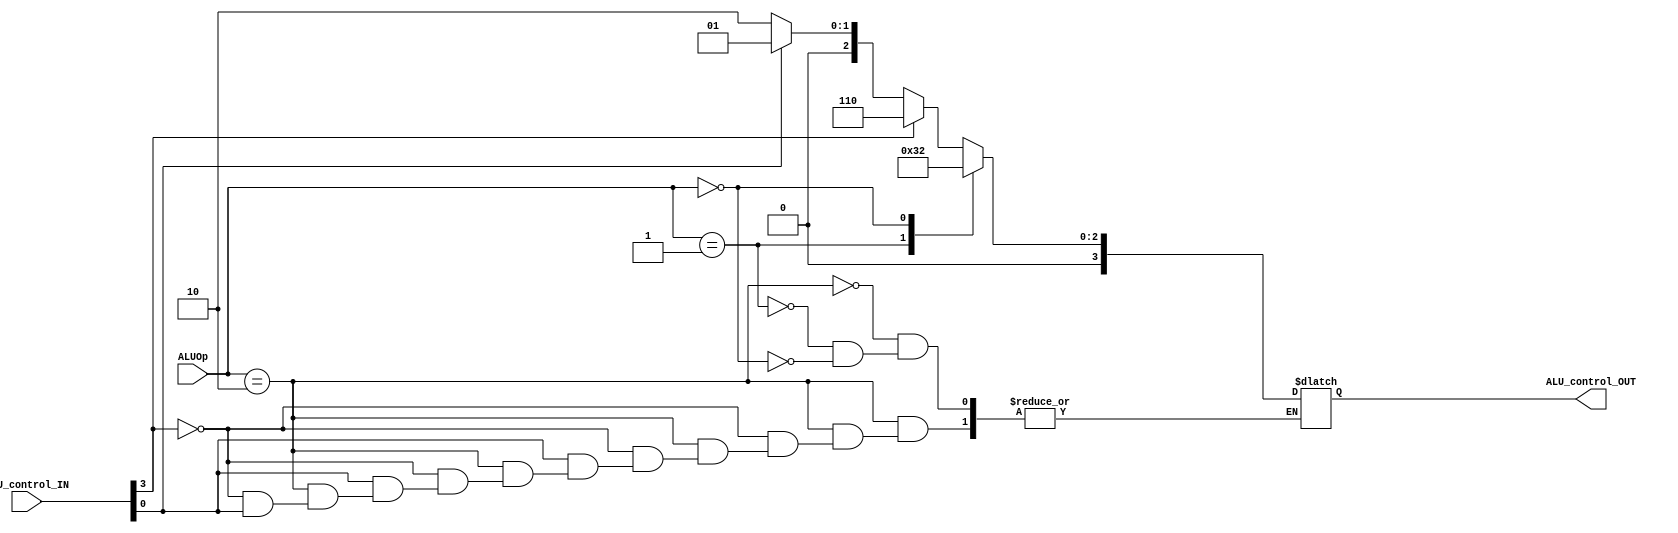
module ALUcontrol(ALUOp, ALU_control_IN, ALU_control_OUT);

input [1:0] ALUOp;
input [3:0] ALU_control_IN;

wire fun3;
wire fun7;
output reg [3:0] ALU_control_OUT;

assign fun3 = ALU_control_IN[2:0];
assign fun7 = ALU_control_IN[3];

always @(*) begin
    case(ALUOp)
    2'b10: begin
        if(fun7 == 1'b1) ALU_control_OUT = 4'b0110;
        else if(fun3 == 3'b0) ALU_control_OUT = 4'b0010;
        else if(fun3 == 3'b111) ALU_control_OUT = 4'b0;
        else if(fun3 == 3'b110) ALU_control_OUT = 4'b0001;
    end
    2'b01:ALU_control_OUT = 4'b0110; 
    2'b00:ALU_control_OUT = 4'b0010; 
    endcase

    
end

endmodule